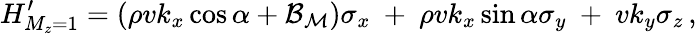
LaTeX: H_{M_{z}=1}^{\prime}=(\rho vk_{x}\cos\alpha+{\mathcal{B}}_{{\mathcal{M}}})\sigma_{x}\ +\ \rho vk_{x}\sin\alpha\sigma_{y}\ +\ vk_{y}\sigma_{z}\, ,